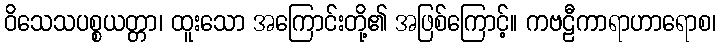
ဝိသေသပစ္စယတ္တာ၊ ထူးသော အကြောင်းတို့၏ အဖြစ်ကြောင့်။ ကဗဠီကာရာဟာရောစ၊